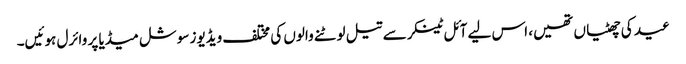
عید کی چھٹیاں تھیں، اس لیے آئل ٹینکر سے تیل لوٹنے والوں کی مختلف ویڈیوز سوشل میڈیا پر وائرل ہوئیں۔